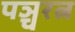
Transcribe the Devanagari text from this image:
पञ्चरत्न